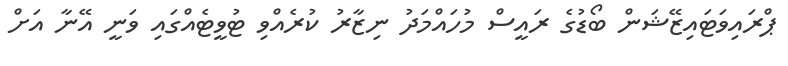
ޕްރައިވަޓައިޒޭޝަން ބޯޑުގެ ރައީސް މުހައްމަދު ނިޒާރު ކުރެއްވި ޓުވީޓެއްގައި ވަނީ އޭނާ އަށް